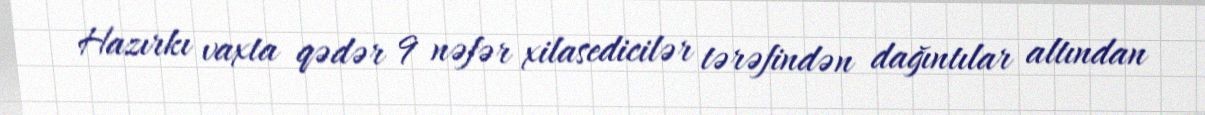
Hazırkı vaxta qədər 9 nəfər xilasedicilər tərəfindən dağıntılar altından